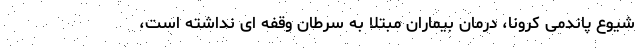
شیوع پاندمی کرونا، درمان بیماران مبتلا به سرطان وقفه ای نداشته است،